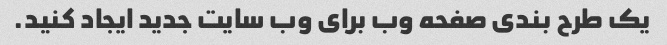
یک طرح بندی صفحه وب برای وب سایت جدید ایجاد کنید.